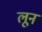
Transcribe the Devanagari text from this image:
लून